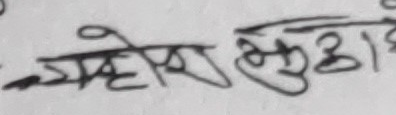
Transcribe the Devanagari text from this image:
म्हेहे मुडा